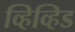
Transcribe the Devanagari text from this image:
व्हिव्हिड